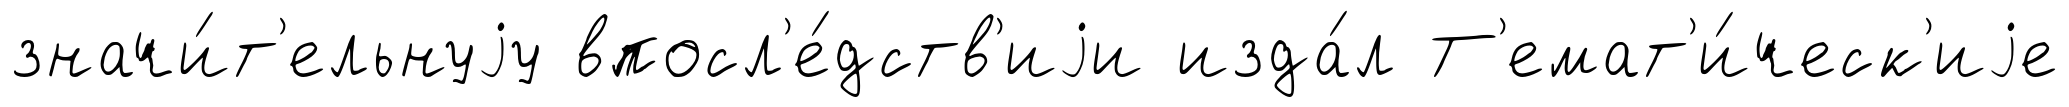
значи́т'ельнуjу впосл'е́дств'иjи изда́л Т'емат'и́ческ'иjе